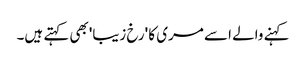
کہنے والے اسے مری کا 'رخ زیبا'بھی کہتے ہیں۔